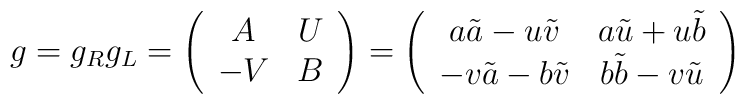
g=g_R g_L=\left( \begin{array}{cc} A & U \\-V & B \end{array} \right)=\left( \begin{array}{cc} a\tilde{a}-u\tilde{v}& a\tilde{u}+u\tilde{b} \\-v\tilde{a}-b\tilde{v} & b\tilde{b}-v\tilde{u} \end{array} \right)